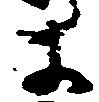
ま